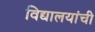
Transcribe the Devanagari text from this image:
विद्यालयांची